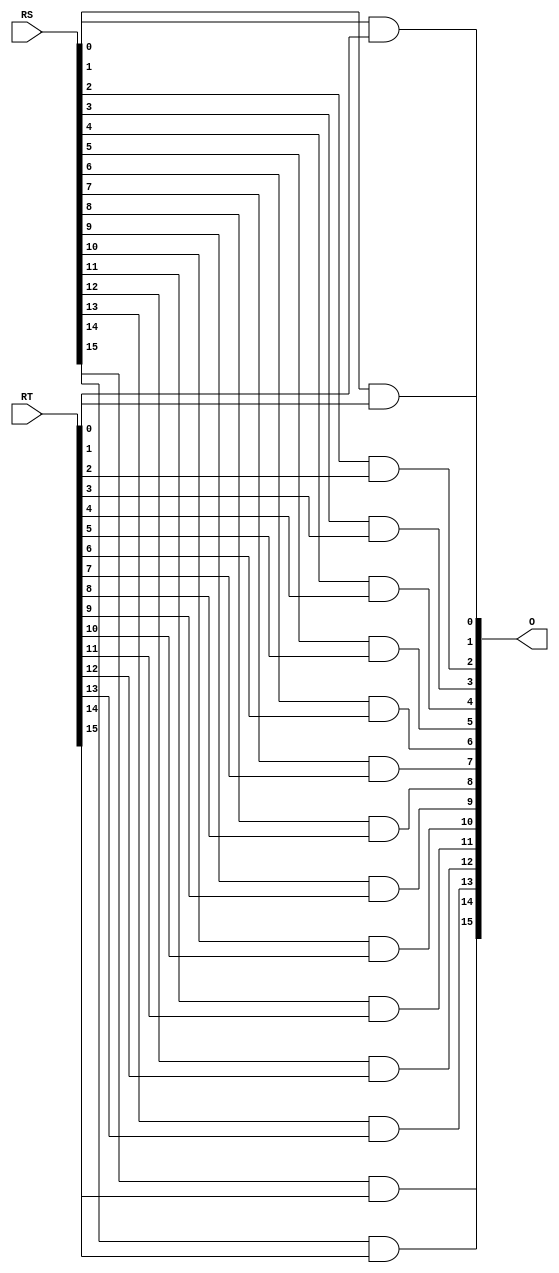
`timescale 1ns / 1ps
//////////////////////////////////////////////////////////////////////////////////
// Company: 
// Engineer: 
// 
// Design Name: 
// Module Name: AND_OP
// Project Name: 
// Target Devices: 
// Tool Versions: 
// Description: 
// 
// Dependencies: 
// 
// Revision:
// Revision 0.01 - File Created
// Additional Comments:
// 
//////////////////////////////////////////////////////////////////////////////////


module AND_OP(
    output [15:0] O,
    input [15:0] RS,
    input [15:0] RT
    );
    
   and(O[0], RS[0], RT[0]);
   and(O[1], RS[1], RT[1]);
   and(O[2], RS[2], RT[2]);
   and(O[3], RS[3], RT[3]);
   and(O[4], RS[4], RT[4]);
   and(O[5], RS[5], RT[5]);
   and(O[6], RS[6], RT[6]);
   and(O[7], RS[7], RT[7]);
   and(O[8], RS[8], RT[8]);
   and(O[9], RS[9], RT[9]);
   and(O[10], RS[10], RT[10]);
   and(O[11], RS[11], RT[11]);
   and(O[12], RS[12], RT[12]);
   and(O[13], RS[13], RT[13]);
   and(O[14], RS[14], RT[14]);
   and(O[15], RS[15], RT[15]); 
   
endmodule